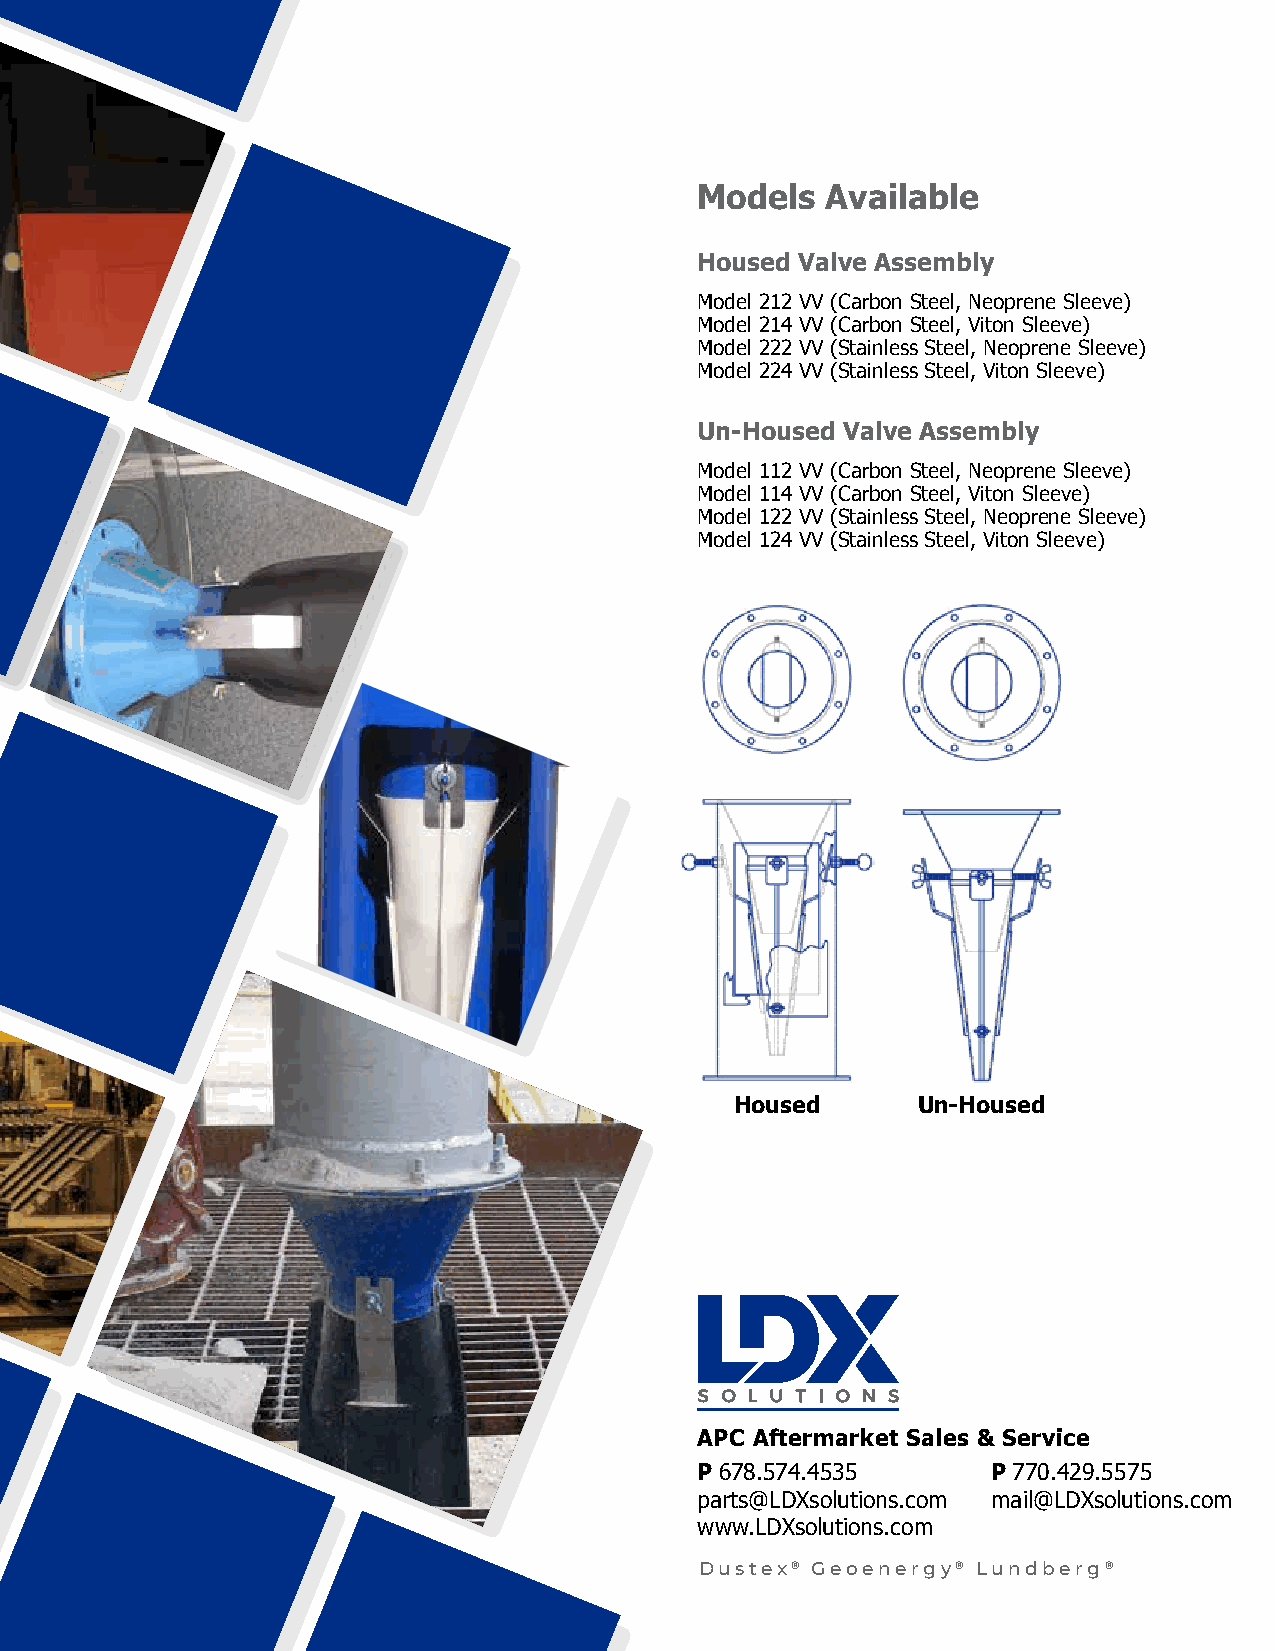
Models   Available
 Housed Valve Assembly
 Model 212 VV (Carbon Steel, Neoprene Sleeve)
 Model 214 VV (Carbon Steel, Viton Sleeve)
 Model 222 VV (Stainless Steel, Neoprene Sleeve)
 Model 224 VV (Stainless Steel, Viton Sleeve)
 Un-Housed Valve Assembly
 Model 112 VV (Carbon Steel, Neoprene Sleeve)
 Model 114 VV (Carbon Steel, Viton Sleeve)
 Model 122 VV (Stainless Steel, Neoprene Sleeve)
 Model 124 VV (Stainless Steel, Viton Sleeve)
 Housed      Un-Housed
 APC Aftermarket Sales & Service
 P 678.574.4535      P 770.429.5575
 parts@LDXsolutions.com mail@LDXsolutions.com
 www.LDXsolutions.com
 Dustex® Geoenergy® Lundberg®